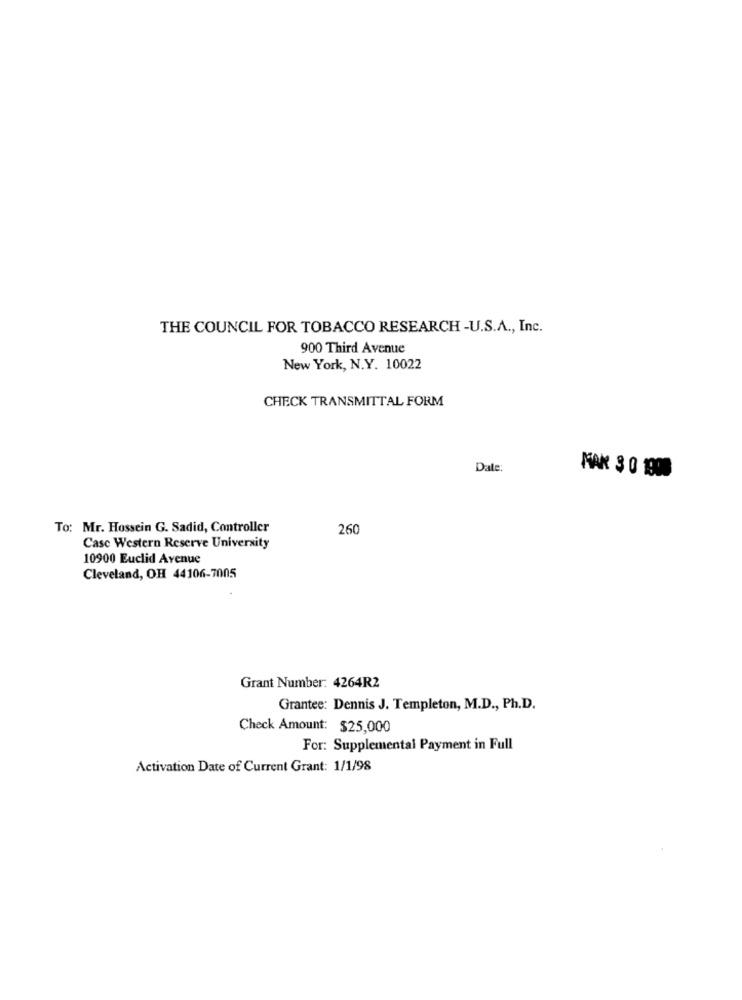
THE COUNCIL FOR TOBACCO RESEARCH -U.S.A ., Inc.
900 Third Avenue
New York, N.Y. 10022
CHECK TRANSMITTAL FORM
Date:
MAK 3 0 1900
To: Mr. Hossein G. Sadid, Controller
260
Case Western Reserve University
10900 Euclid Avenue
Cleveland, OH 44106-7005
Grant Number: 4264R2
Grantee: Dennis J. Templeton, M.D ., Ph.D.
Check Amount: $25,000
For: Supplemental Payment in Full
Activation Date of Current Grant: 1/1/98